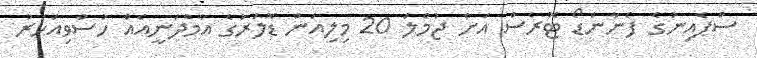
ސްޕެއިނުގެ ފެނާންޑޯ ޓޮރެސް އަށް ޖުމްލަ 20 މިލިއަން ޑޮލަރުގެ އާމްދަނީއެއް ހުސްވިއަހަރު